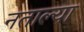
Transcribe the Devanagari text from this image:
नताल्या